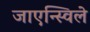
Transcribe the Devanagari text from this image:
जाएन्स्विले